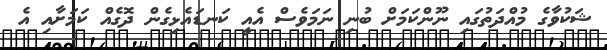
ޝަކުވާގެ މުއްދަތުގައި ނޫންކަމަށް ބުނި ނަމަވެސް އެއީ ކަނޑައެޅިގެން ދޮގެއް ކަމަށާއި އެ